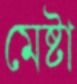
মেষ্টা